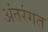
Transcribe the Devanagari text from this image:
अंतरंगत